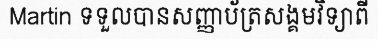
Martin ទទួលបានសញ្ញាប័ត្រសង្គមវិទ្យាពី